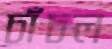
চাঁচল